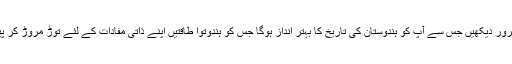
مکمل ویڈیو ضرور دیکھیں جس سے آپ کو ہندوستان کی تاریخ کا بہتر انداز ہوگا جس کو ہندوتوا طاقتیں اپنے ذاتی مفادات کے لئے توڑ مروڑ کر پیش کررہی ہیں۔